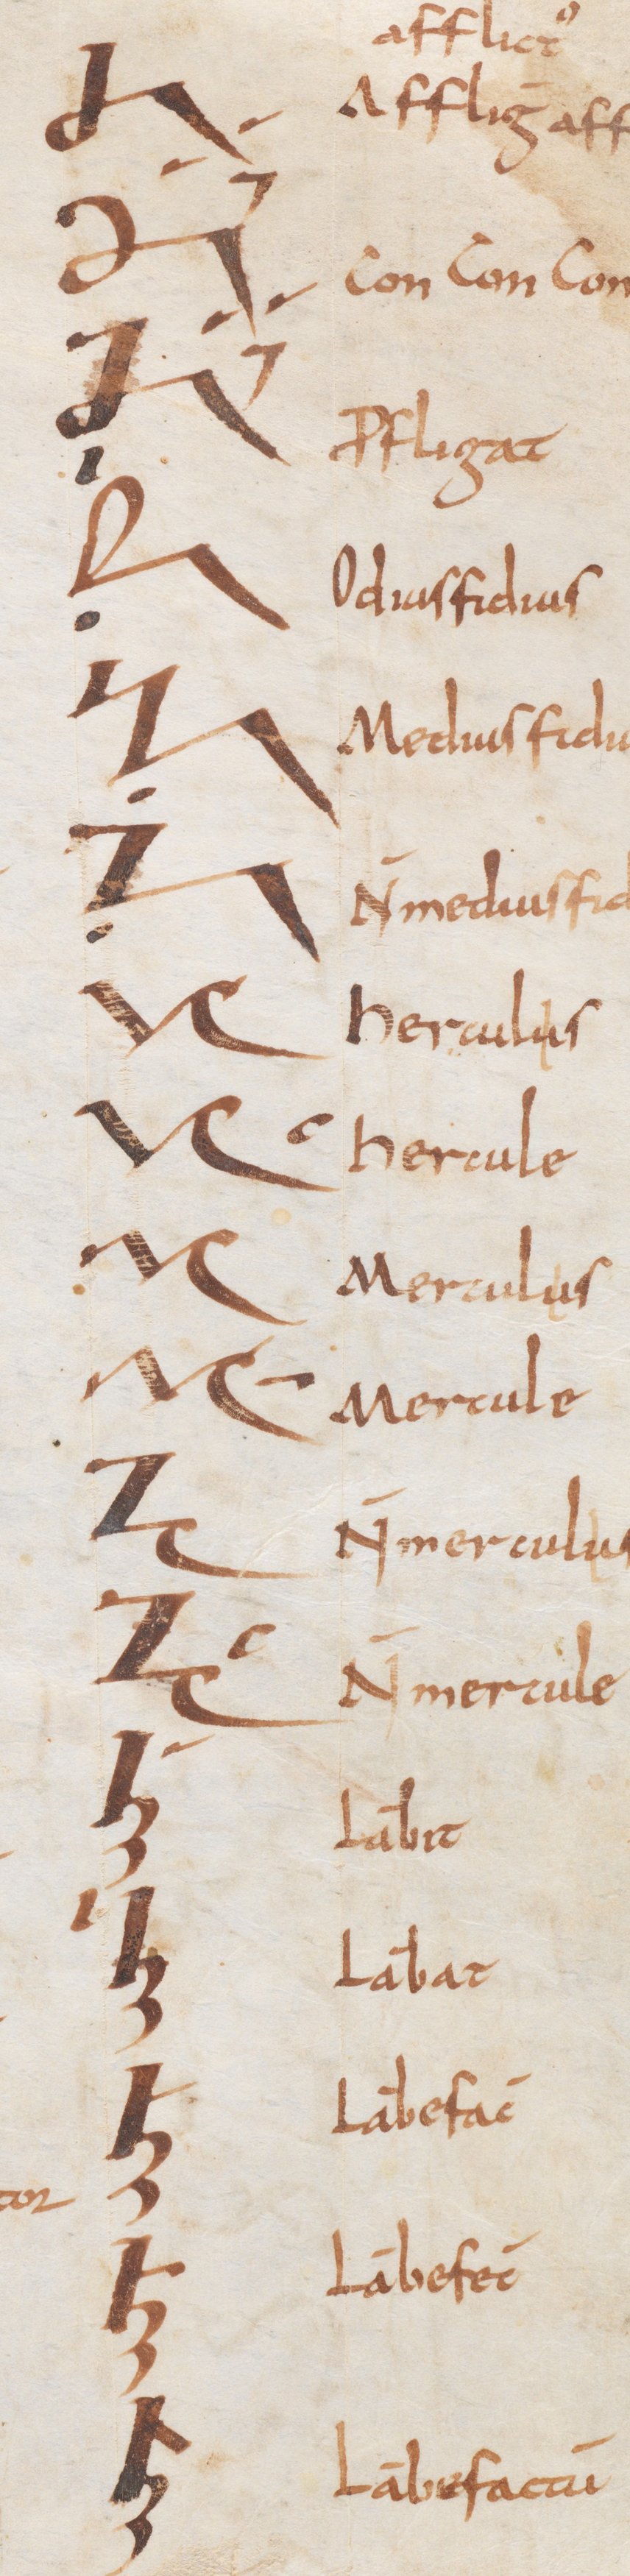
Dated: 800–899